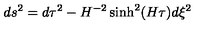
d s ^ { 2 } = d \tau ^ { 2 } - H ^ { - 2 } \sinh ^ { 2 } ( H \tau ) d \xi ^ { 2 }